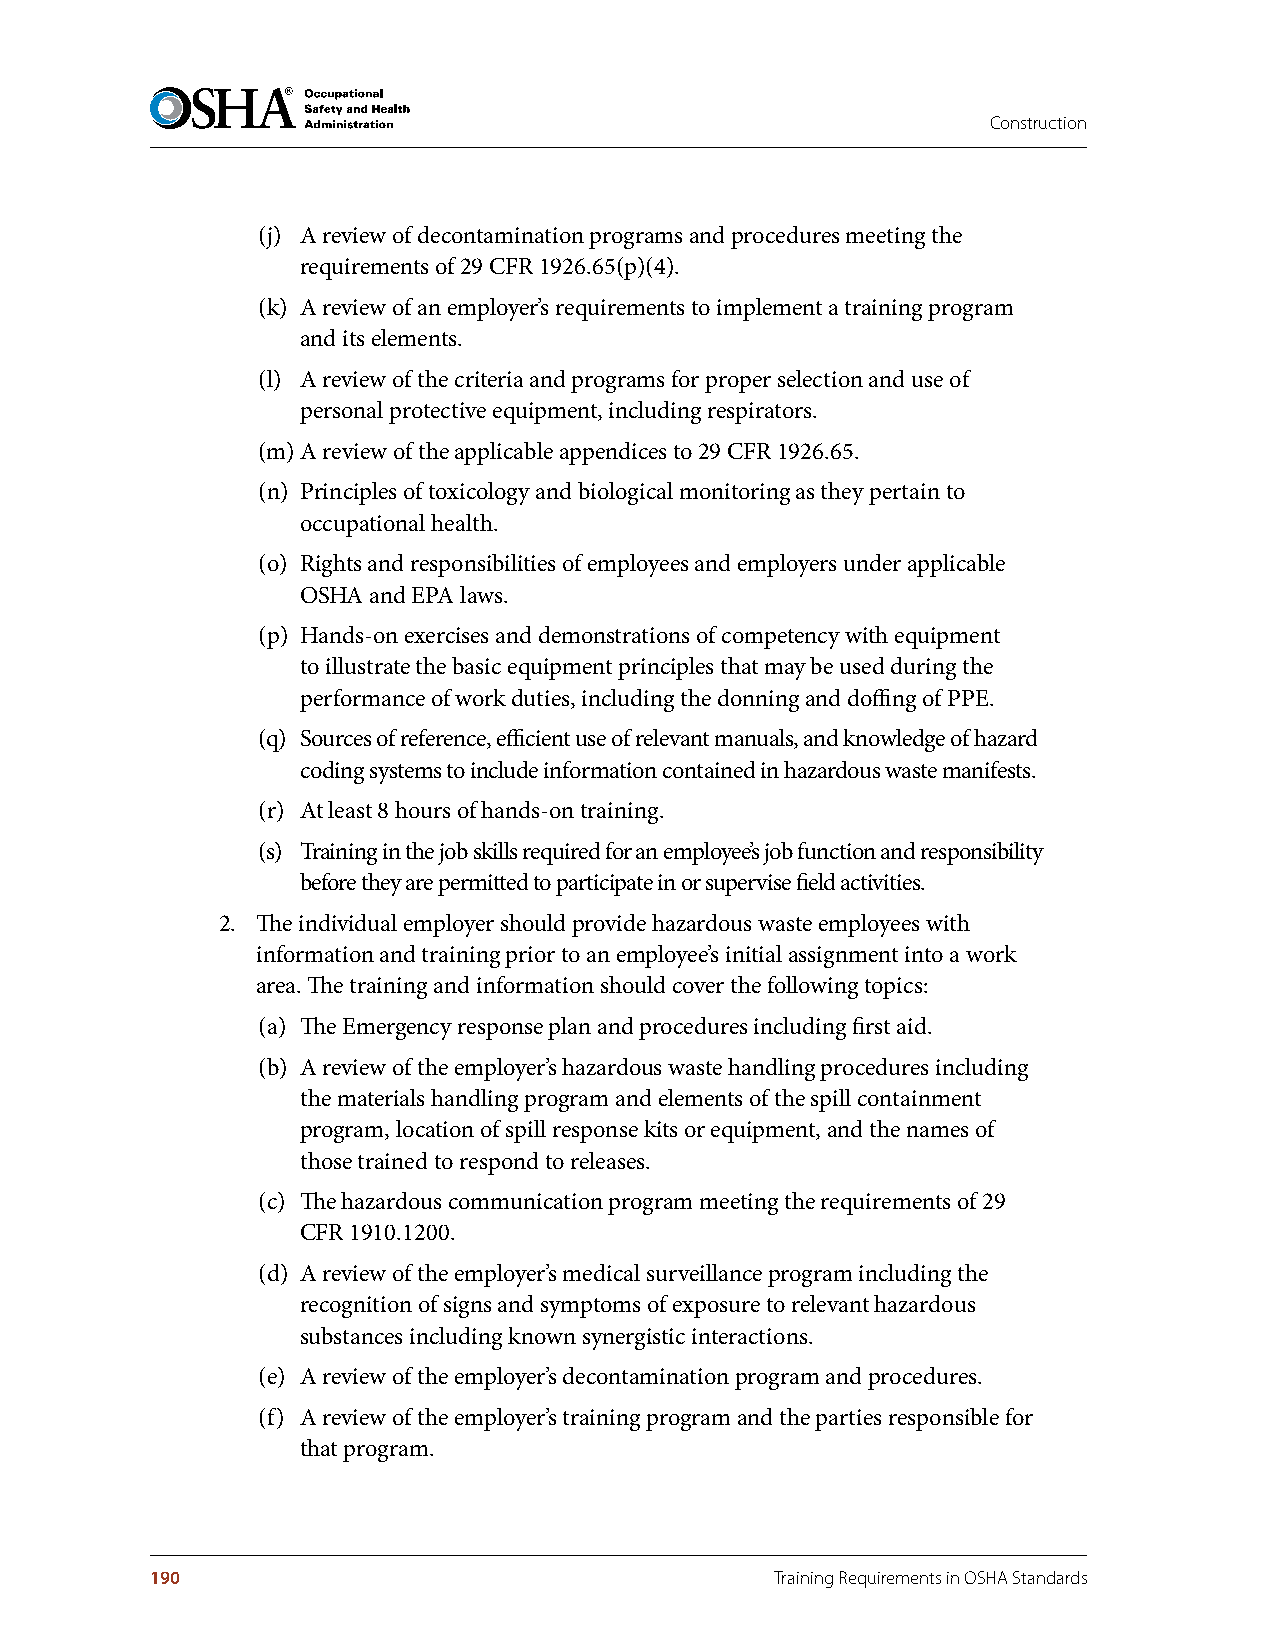
Construction
 (j) A review of decontamination programs and procedures meeting the
 requirements of 29 CFR 1926.65(p)(4).
 (k) A review of an employer’s requirements to implement a training program
 and its elements.
 (l) A review of the criteria and programs for proper selection and use of
 personal protective equipment, including respirators.
 (m) A review of the applicable appendices to 29 CFR 1926.65.
 (n) Principles of toxicology and biological monitoring as they pertain to
 occupational health.
 (o) Rights and responsibilities of employees and employers under applicable
 OSHA and EPA laws.
 (p) Hands-on exercises and demonstrations of competency with equipment
 to illustrate the basic equipment principles that may be used during the
 performance of work duties, including the donning and doffing of PPE.
 (q) Sources of reference, efficient use of relevant manuals, and knowledge of hazard
 coding systems to include information contained in hazardous waste manifests.
 (r) At least 8 hours of hands-on training.
 (s) Training in the job skills required for an employee’s job function and responsibility
 before they are permitted to participate in or supervise field activities.
 2. The individual employer should provide hazardous waste employees with
 information and training prior to an employee’s initial assignment into a work
 area. The training and information should cover the following topics:
 (a) The Emergency response plan and procedures including first aid.
 (b) A review of the employer’s hazardous waste handling procedures including
 the materials handling program and elements of the spill containment
 program, location of spill response kits or equipment, and the names of
 those trained to respond to releases.
 (c) The hazardous communication program meeting the requirements of 29
 CFR 1910.1200.
 (d) A review of the employer’s medical surveillance program including the
 recognition of signs and symptoms of exposure to relevant hazardous
 substances including known synergistic interactions.
 (e) A review of the employer’s decontamination program and procedures.
 (f) A review of the employer’s training program and the parties responsible for
 that program.
 190                                      Training Requirements in OSHA Standards